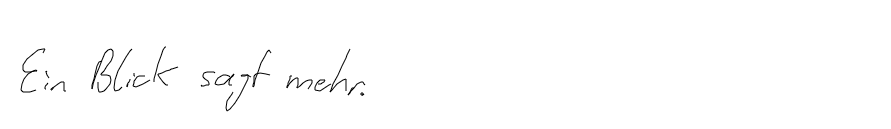
Ein Blick sagt mehr.